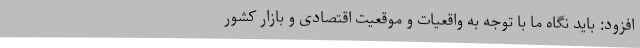
افزود: باید نگاه ما با توجه به واقعیات و موقعیت اقتصادی و بازار کشور